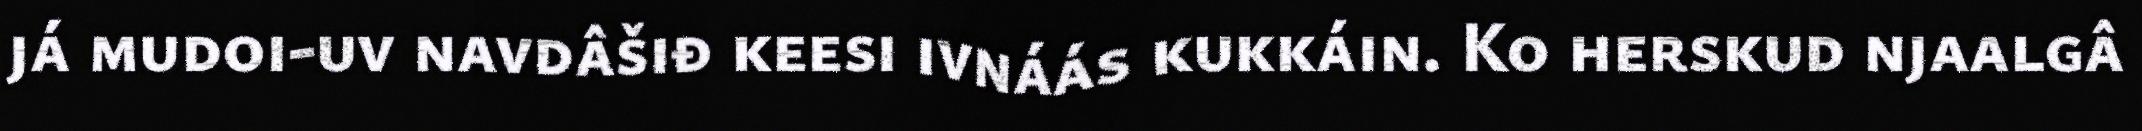
já mudoi-uv navdâšiđ keesi ivnáás kukkáin. Ko herskud njaalgâ